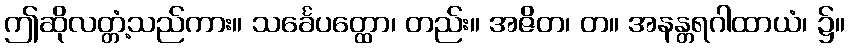
ဤဆိုလတ္တံ့သည်ကား။ သင်္ခေပတ္ထော၊ တည်း။ အဇိတ၊ တ။ အနန္တရဂါထာယံ၊ ၌။